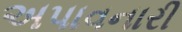
અપાવનારી